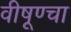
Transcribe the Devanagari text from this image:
वीषूण्चा